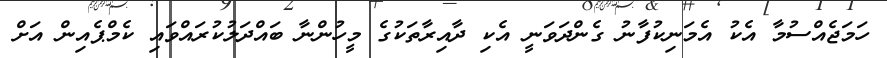
ހަމަޖެއްސުމާ އެކު އެމަނިކުފާނު ގެންދަވަނީ އެކި ދާއިރާތަކުގެ މީހުންނާ ބައްދަލުކުރައްވައި ކެމްޕެއިން އަށް